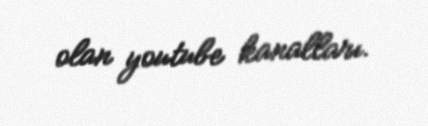
olan youtube kanalları.